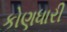
કોણધારી